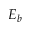
E _ { b }